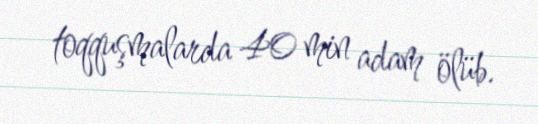
toqquşmalarda 40 min adam ölüb.